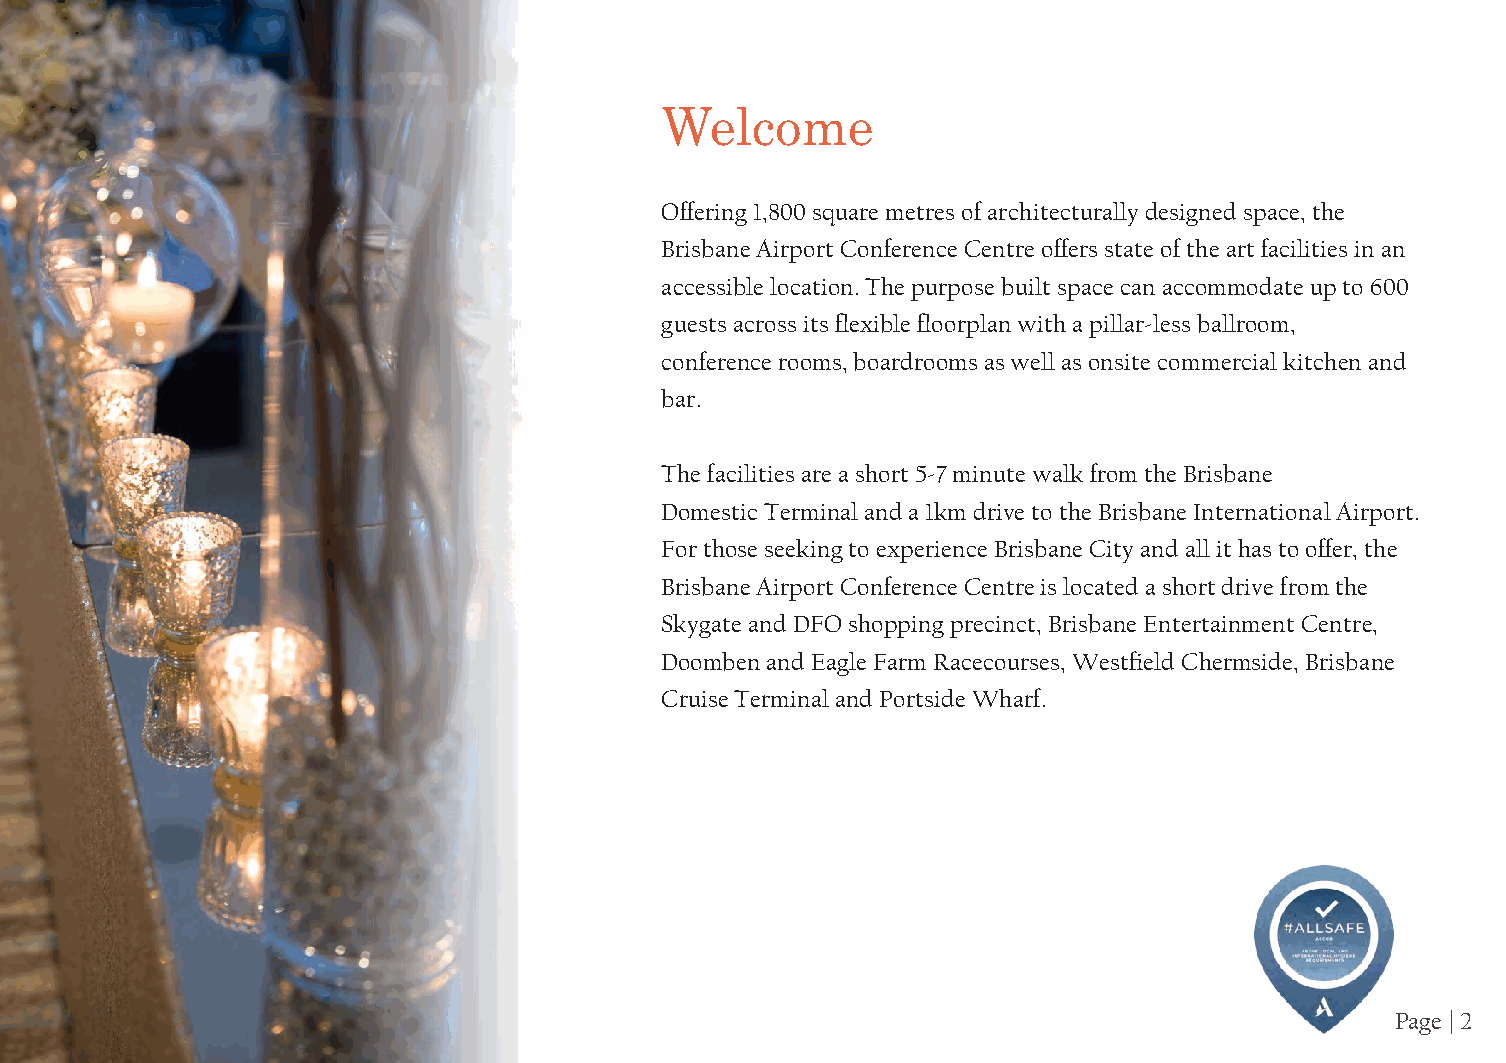
Venue      Capacity
 Welcome
 Offering 1,800 square metres of architecturally designed space, the
 Brisbane Airport Conference Centre offers state of the art facilities in an
 accessible location. The purpose built space can accommodate up to 600
 guests across its flexible floorplan with a pillar-less ballroom,
 conference rooms, boardrooms as well as onsite commercial kitchen and
 bar.
 The facilities are a short 5-7 minute walk from the Brisbane
 Domestic Terminal and a 1km drive to the Brisbane International Airport.
 For those seeking to experience Brisbane City and all it has to offer, the
 Brisbane Airport Conference Centre is located a short drive from the
 Skygate and DFO shopping precinct, Brisbane Entertainment Centre,
 Doomben and Eagle Farm Racecourses, Westfield Chermside, Brisbane
 Cruise Terminal and Portside Wharf.
 Page | 2